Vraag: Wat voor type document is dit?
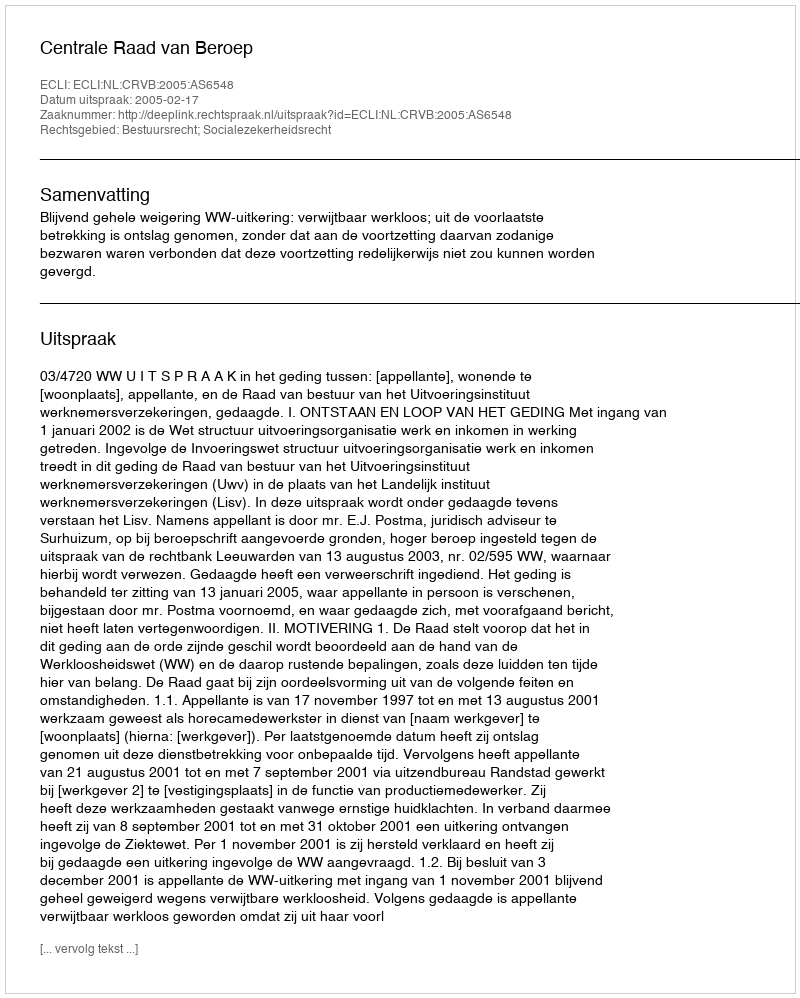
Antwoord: Uitspraak